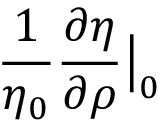
\frac { 1 } { \eta _ { 0 } } \frac { \partial \eta } { \partial \rho } \big | _ { 0 }